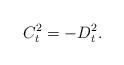
LaTeX: \begin{align*}\begin{aligned}C^{2}_{t}=-D^{2}_{t}.\end{aligned}\end{align*}